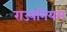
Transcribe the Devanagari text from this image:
राज्यनियम